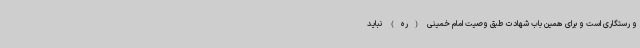
و رستگاری است و برای همین باب شهادت طبق وصیت امام خمینی (ره) نباید